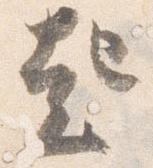
起